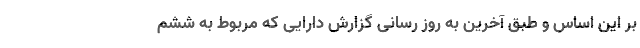
بر این اساس و طبق آخرین به روز رسانی گزارش دارایی که مربوط به ششم